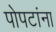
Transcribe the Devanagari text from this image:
पोपटांना